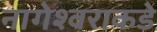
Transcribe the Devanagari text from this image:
नागेश्वराकडे